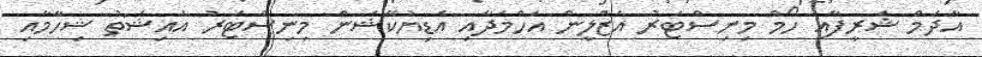
އާދަމް ޝަރީފާއި ހޯމް މިނިސްޓަރު އަޒްލީން އަހްމަދާއި އެޑިޔުކޭޝަން މިނިސްޓަރު އައިޝަތު ޝިހާމާއި